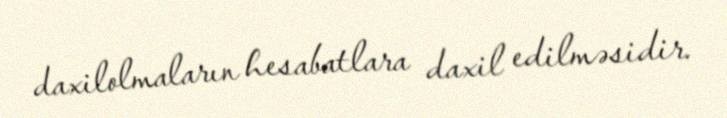
daxilolmaların hesabatlara daxil edilməsidir.